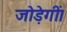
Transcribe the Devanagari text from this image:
जोड़ेगीं।